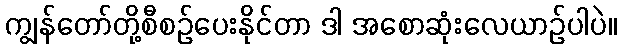
ကျွန်တော်တို့စီစဉ်ပေးနိုင်တာ ဒါ အစောဆုံးလေယာဉ်ပါပဲ။